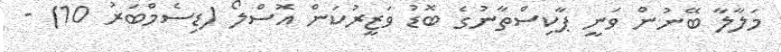
މަލާލާ ބޭނުން ވަނީ ޕާކިސްތާނުގެ ބޮޑު ވަޒީރުކަން އޮސްލޯ (ޑިސެމްބަރު 10) -